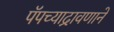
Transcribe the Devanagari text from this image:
पॅपच्याद्रावणाने